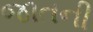
જાતની